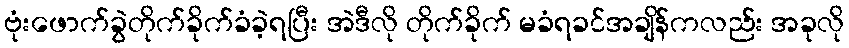
ဗုံးဖောက်ခွဲတိုက်ခိုက်ခံခဲ့ရပြီး အဲဒီလို တိုက်ခိုက် မခံရခင်အချိန်ကလည်း အခုလို